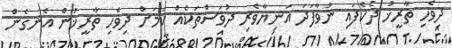
ދިވެހި ތާރީޚު ދެކެފައި ނުވާފަދަ އަނިޔާވެރި ދުވަސްތަކެއް ކަމަށް ދިވެހި ތާރީޚުން އެނގެން